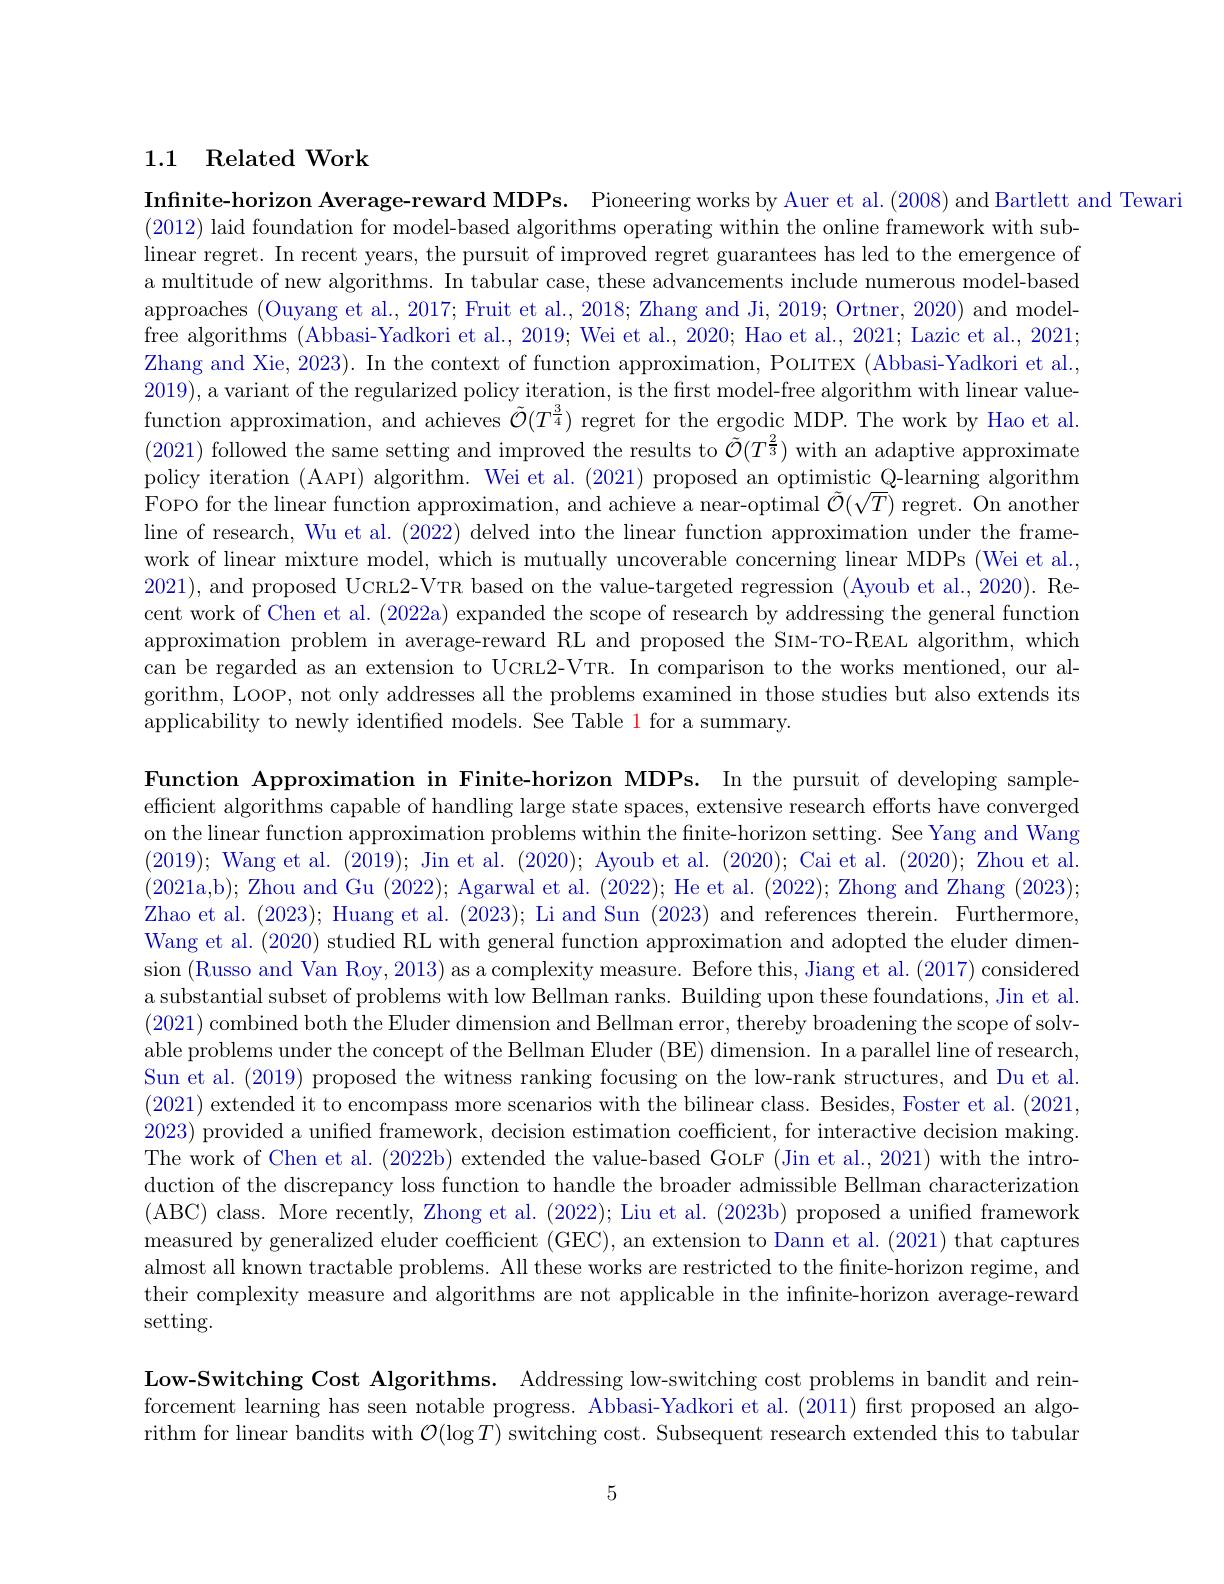
### 1.1 Related Work

Infinite-horizon Average-reward MDPs. Pioneering works by Auer et al. (2008) and Bartlett and Tewarite-horizes Pionerage-reward MDPs. Pioneering works by Auer et al. (2008) and Bartlett and Tewari
(2012) laid foundation for model-based algorithms operating within the online framework with sublinear regret. In recent years, the pursuit of improved regret guarantees has led to the emergence of a multitude of new algorithms. In tabular case, these advancements include numerous model-based approaches (Ouyang et al., 2017; Fruit et al., 2018; Zhang and Ji, 2019; Ortner, 2020) and modelfree algorithms (Abbasi-Yadkori et al., 2019; Wei et al., 2020; Hao et al., 2021; Lazic et al., 2021; Zhang and Xie, 2023). In the context of function approximation, POLITEX (Abbasi-Yadkori et al., 2019), a variant of the regularized policy iteration, is the first model-free algorithm with linear valuefunction approximation, and achieves $\tilde{\mathcal{O}}(T^{\frac34})$ regret for the ergodic MDP. The work by Hao et al. (2021) followed the same setting and improved the results to $\tilde{\mathcal{O}}(T^{\frac23})$ with an adaptive approximate policy iteration (AAPI) algorithm. Wei et al. (2021) proposed an optimistic Q-learning algorithm Fopo for the linear function approximation, and achieve a near-optimal $\tilde{\mathcal{O}}(\sqrt{T})$ regret. On another line of research, Wu et al. (2022) delved into the linear function approximation under the framework of linear mixture model, which is mutually uncoverable concerning linear MDPs (Wei et al., 2021), and proposed UCRL2-VTR based on the value-targeted regression (Ayoub et al., 2020). Recent work of Chen et al. (2022a) expanded the scope of research by addressing the general function approximation problem in average-reward RL and proposed the SIM-TO-REAL algorithm, which can be regarded as an extension to UCRL2-VTR. In comparison to the works mentioned, our algorithm, Loop, not only addresses all the problems examined in those studies but also extends its applicability to newly identified models. See Table 1 for a summary.

Function Approximation in Finite-horizon MDPs. In the pursuit of developing sampleefficient algorithms capable of handling large state spaces, extensive research efforts have converged on the linear function approximation problems within the finite-horizon setting. See Yang and Wang (2019); Wang et al. (2019); Jin et al. (2020); Ayoub et al. (2020); Cai et al. (2020); Zhou et al. (2021a,b); Zhou and Gu (2022); Agarwal et al. (2022); He et al. (2022); Zhong and Zhang (2023); Zhao et al. (2023); Huang et al. (2023); Li and Sun (2023) and references therein. Furthermore, Wang et al. (2020) studied RL with general function approximation and adopted the eluder dimension (Russo and Van Roy, 2013) as a complexity measure. Before this, Jiang et al. (2017) considered a substantial subset of problems with low Bellman ranks. Building upon these foundations, Jin et al. (2021) combined both the Eluder dimension and Bellman error, thereby broadening the scope of solvable problems under the concept of the Bellman Eluder (BE) dimension. In a parallel line of research, Sun et al. (2019) proposed the witness ranking focusing on the low-rank structures, and Du et al. (2021) extended it to encompass more scenarios with the bilinear class. Besides, Foster et al. (2021, 2023) provided a unified framework, decision estimation coefficient, for interactive decision making. The work of Chen et al. (2022b) extended the value-based GoLF (Jin et al., 2021) with the introduction of the discrepancy loss function to handle the broader admissible Bellman characterization (ABC) class. More recently, Zhong et al. (2022); Liu et al. (2023b) proposed a unified framework measured by generalized eluder coefficient (GEC), an extension to Dann et al. (2021) that captures almost all known tractable problems. All these works are restricted to the finite-horizon regime, and their complexity measure and algorithms are not applicable in the infinite-horizon average-reward setting.

Low-Switching Cost Algorithms. Addressing low-switching cost problems in bandit and reinforcement learning has seen notable progress. Abbasi-Yadkori et al.(2011) first proposed an algorithm for linear bandits with $\mathcal{O}(\log T)$ switching cost. Subsequent research extended this to tabular

5